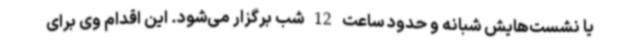
یا نشست‌هایش شبانه و حدود ساعت 12 شب برگزار می‌شود. این اقدام وی برای